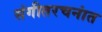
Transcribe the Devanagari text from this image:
संगीतरचनांत